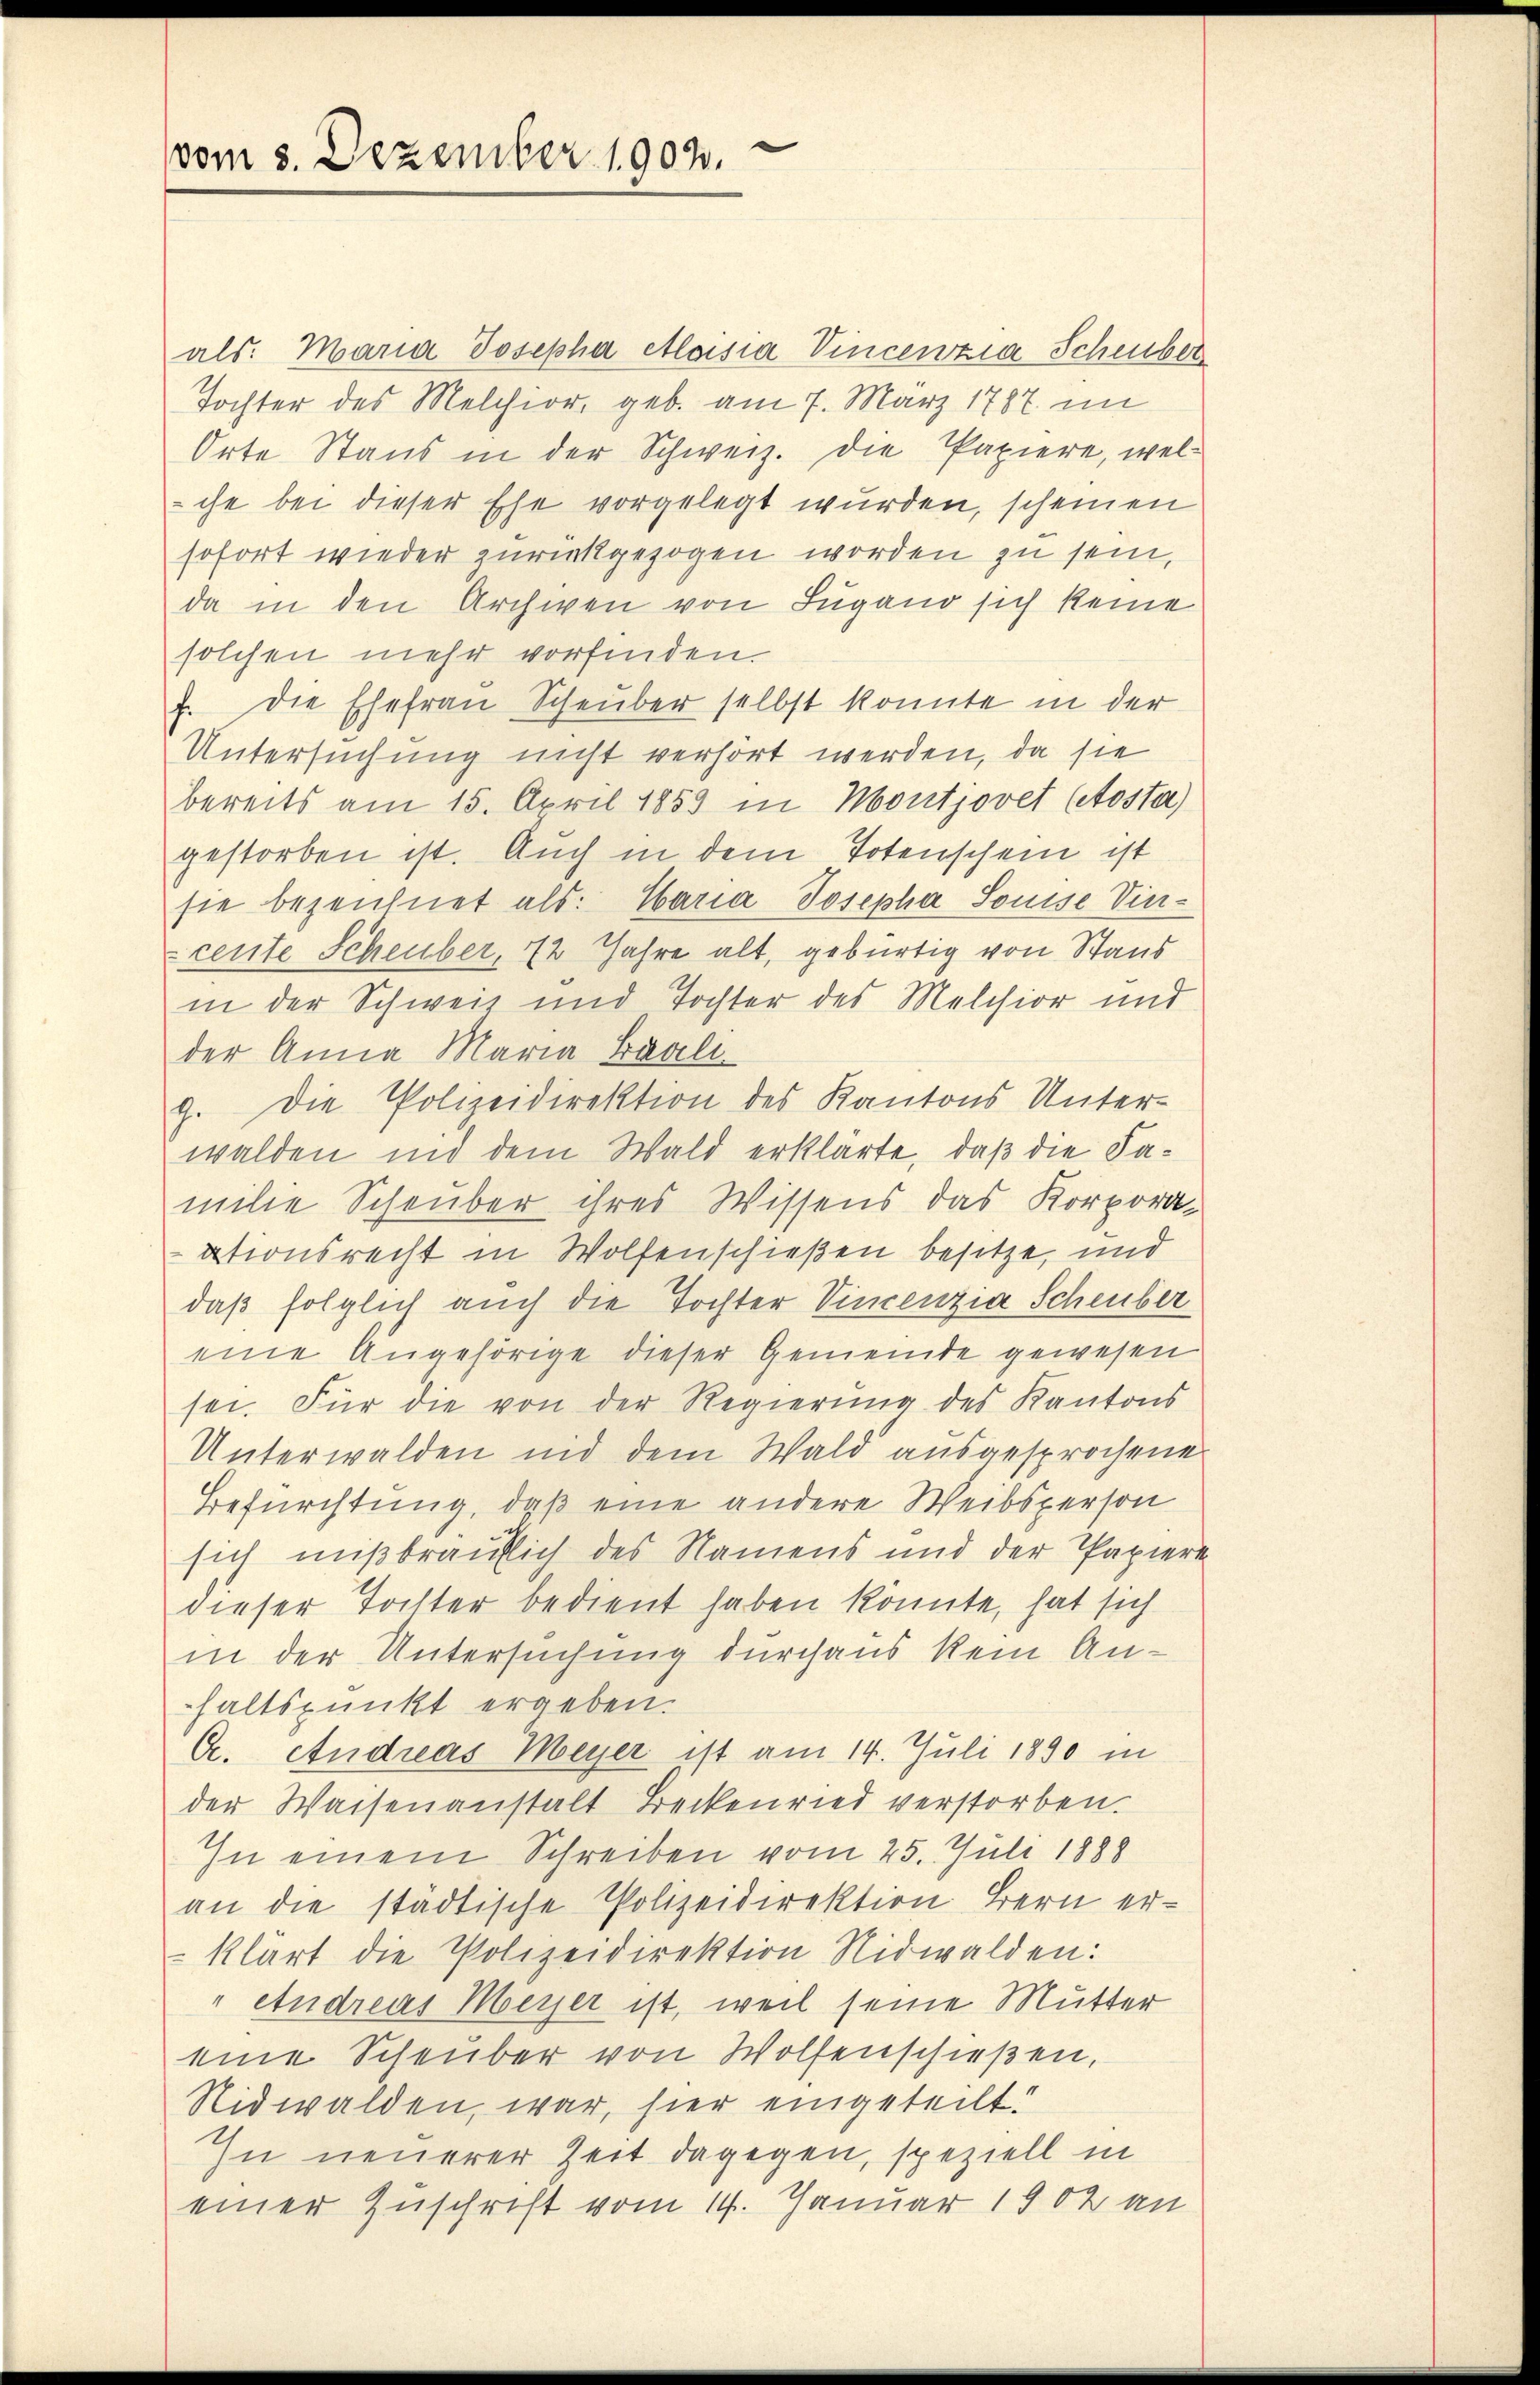
vom 8. Dezember 1902.

als: Maria Josepha Aloisia Vincenzia Scheuber
Tochter des Melchior, geb. am 7. März 1787 im
Orte Stand in der Schweiz. Die Papiere, welche bei dieser Ehe vorgelegt wurden, scheinen
sofort wieder zurückgezogen worden zu sein,
da in den Archiven von Lugano sich keine
solchen mehr vorfinden.
f. Die Ehefrau Scheuber selbst konnte in der
Untersuchung nicht verhört werden, da sie
bereits am 15. April 1853 in Montjovet (Atosta)
gestorben ist. Auch in dem Totenschein ist
sie bezeichnet als: Maria Josepha Souise Vincente Scheuber, 72 Jahre alt, gebürtig von Staus
in der Schweiz und Tochter des Melchior und
der Anna Maria Baalig. Die Polizeidirektion des Kantons Unter-
walden und dem Wald erklärte, daß die Familie Scheuber ihres Wissens das Korporaationsrecht in Wolfenschießen besitze, und
daß folglich auch die Tochter Vincenzia Scheuber
eine Angehörige dieser Gemeinde gewesen
sei. Für die von der Regierŭng des Kantons
Unterwalden und dem Wald ausgesprochene
Befürchtung, daß eine andere Weibsperson
sich mißbraulich des Namens und der Papiere
dieser Tochter bedient haben könnte, hat sich
in der Untersuchung durchaus kein Anhaltspunkt ergeben.
C. Andreas Meyer ist am 14. Juli 1890 in
der Waisenanstalt Beckenried verstorben.
In einem Schreiben vom 25. Juli 1888
an die städtische Polizeidirektion Bern erklärt die Polizeidirektion Nidwalden:
" Andreas Meyer ist, weil seine Mutter
eine Scheuber von Wolfenschießen,
Nidwalden, war, hier eingeteilt:
In neuerer Zeit dagegen, speziell in
einer Zuschrift vom 14. Januar 1902 an